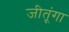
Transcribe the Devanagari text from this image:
जीतूंगा